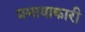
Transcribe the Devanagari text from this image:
प्रभावाकारी